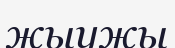
жыужы